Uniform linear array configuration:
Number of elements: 8
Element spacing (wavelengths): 0.25
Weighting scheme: exponential
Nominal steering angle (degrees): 0
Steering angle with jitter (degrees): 0.07057
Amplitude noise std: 0.05
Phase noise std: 0.05

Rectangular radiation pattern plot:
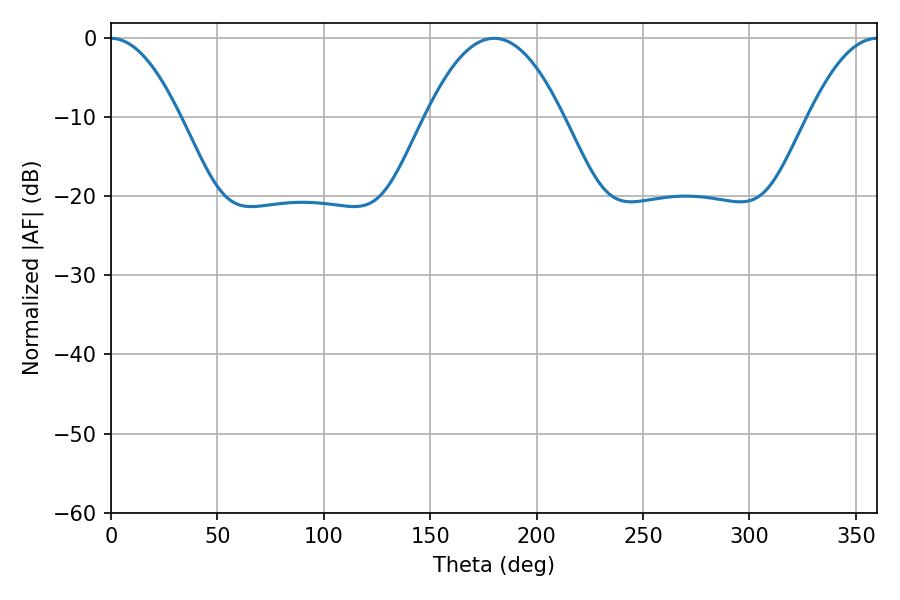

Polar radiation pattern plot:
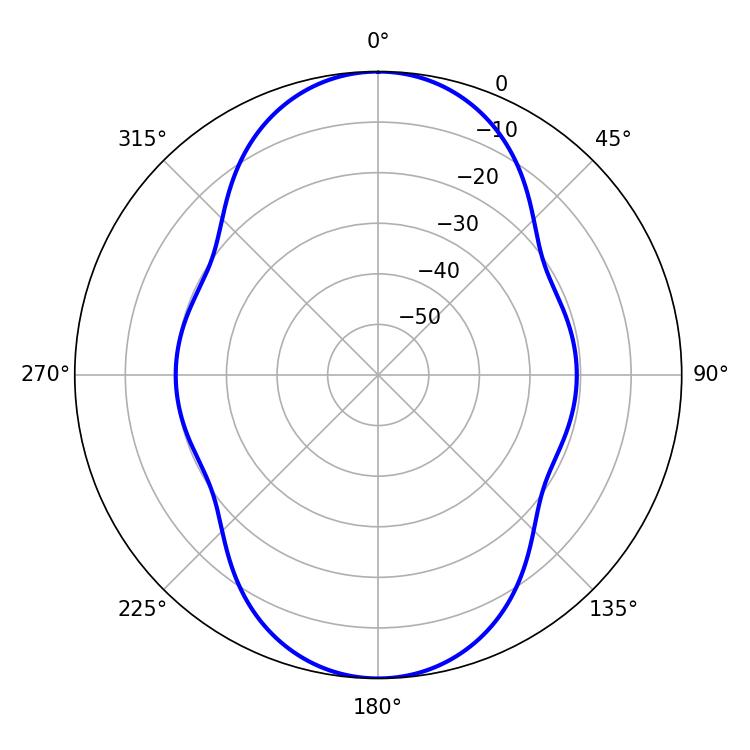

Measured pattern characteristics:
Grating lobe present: FALSE
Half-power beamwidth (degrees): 17.64
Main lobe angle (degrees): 0